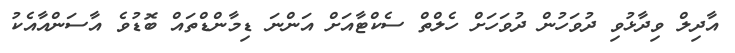
އާދިލް ވިދާޅުވި ދުވަހުން ދުވަހަށް ހެލްތް ސެކްޓާއަށް އަންނަ ޑިމާންޑްތައް ބޮޑުވެ އާސަންއާއެކު